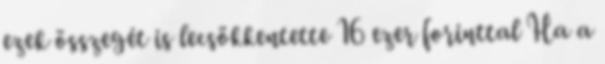
ezek összegét is lecsökkentette 16 ezer forinttal Ha a